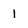
Character: 1